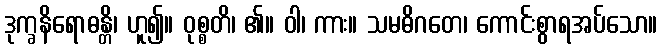
ဒုက္ခနိရောဓန္တိ၊ ဟူ၍။ ဝုစ္စတိ၊ ၏။ ဝါ၊ ကား။ သမဓိဂတေ၊ ကောင်းစွာရအပ်သော။